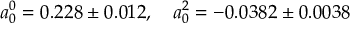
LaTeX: a _ { 0 } ^ { 0 } = 0 . 2 2 8 \pm 0 . 0 1 2 , \quad a _ { 0 } ^ { 2 } = - 0 . 0 3 8 2 \pm 0 . 0 0 3 8